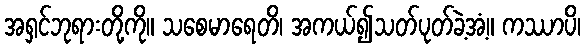
အရှင်ဘုရားတို့ကို။ သစေမာရေတိ၊ အကယ်၍သတ်ပုတ်ခဲ့အံ့။ ကဿာပိ၊